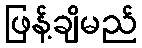
ဖြန့်ချိမည်